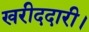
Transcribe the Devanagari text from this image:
खरीददारी।